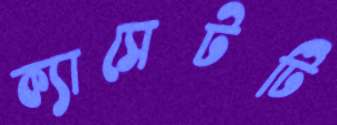
ক্যাসেটটি